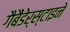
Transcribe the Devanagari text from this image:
गैबैंडेर्स्टाइने